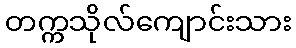
တက္ကသိုလ်ကျောင်းသား